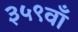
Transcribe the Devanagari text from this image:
३५९वाँ